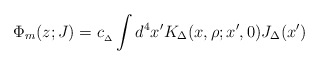
\begin{align*}{\Phi_m (z;J) = c_{_{\Delta}}\int d^4x' K_{\Delta} (x,\rho; x',0) J_{\Delta}(x') }\end{align*}